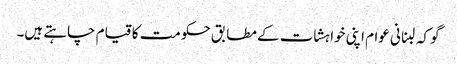
گو کہ لبنانی عوام اپنی خواہشات کے مطابق حکومت کا قیام چاہتے ہیں۔